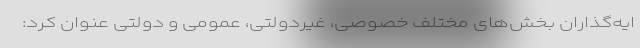
ایه‌گذاران بخش‌های مختلف خصوصی، غیردولتی، عمومی و دولتی عنوان کرد: